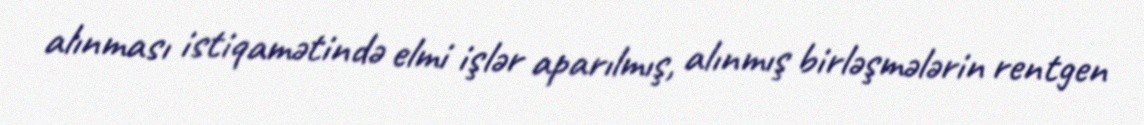
alınması istiqamətində elmi işlər aparılmış, alınmış birləşmələrin rentgen